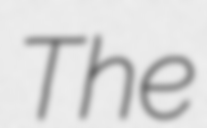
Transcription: The